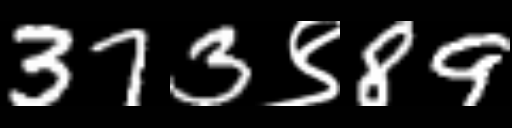
Text: 373९89